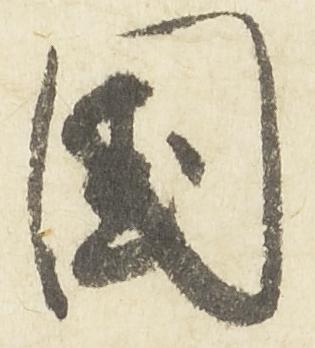
国